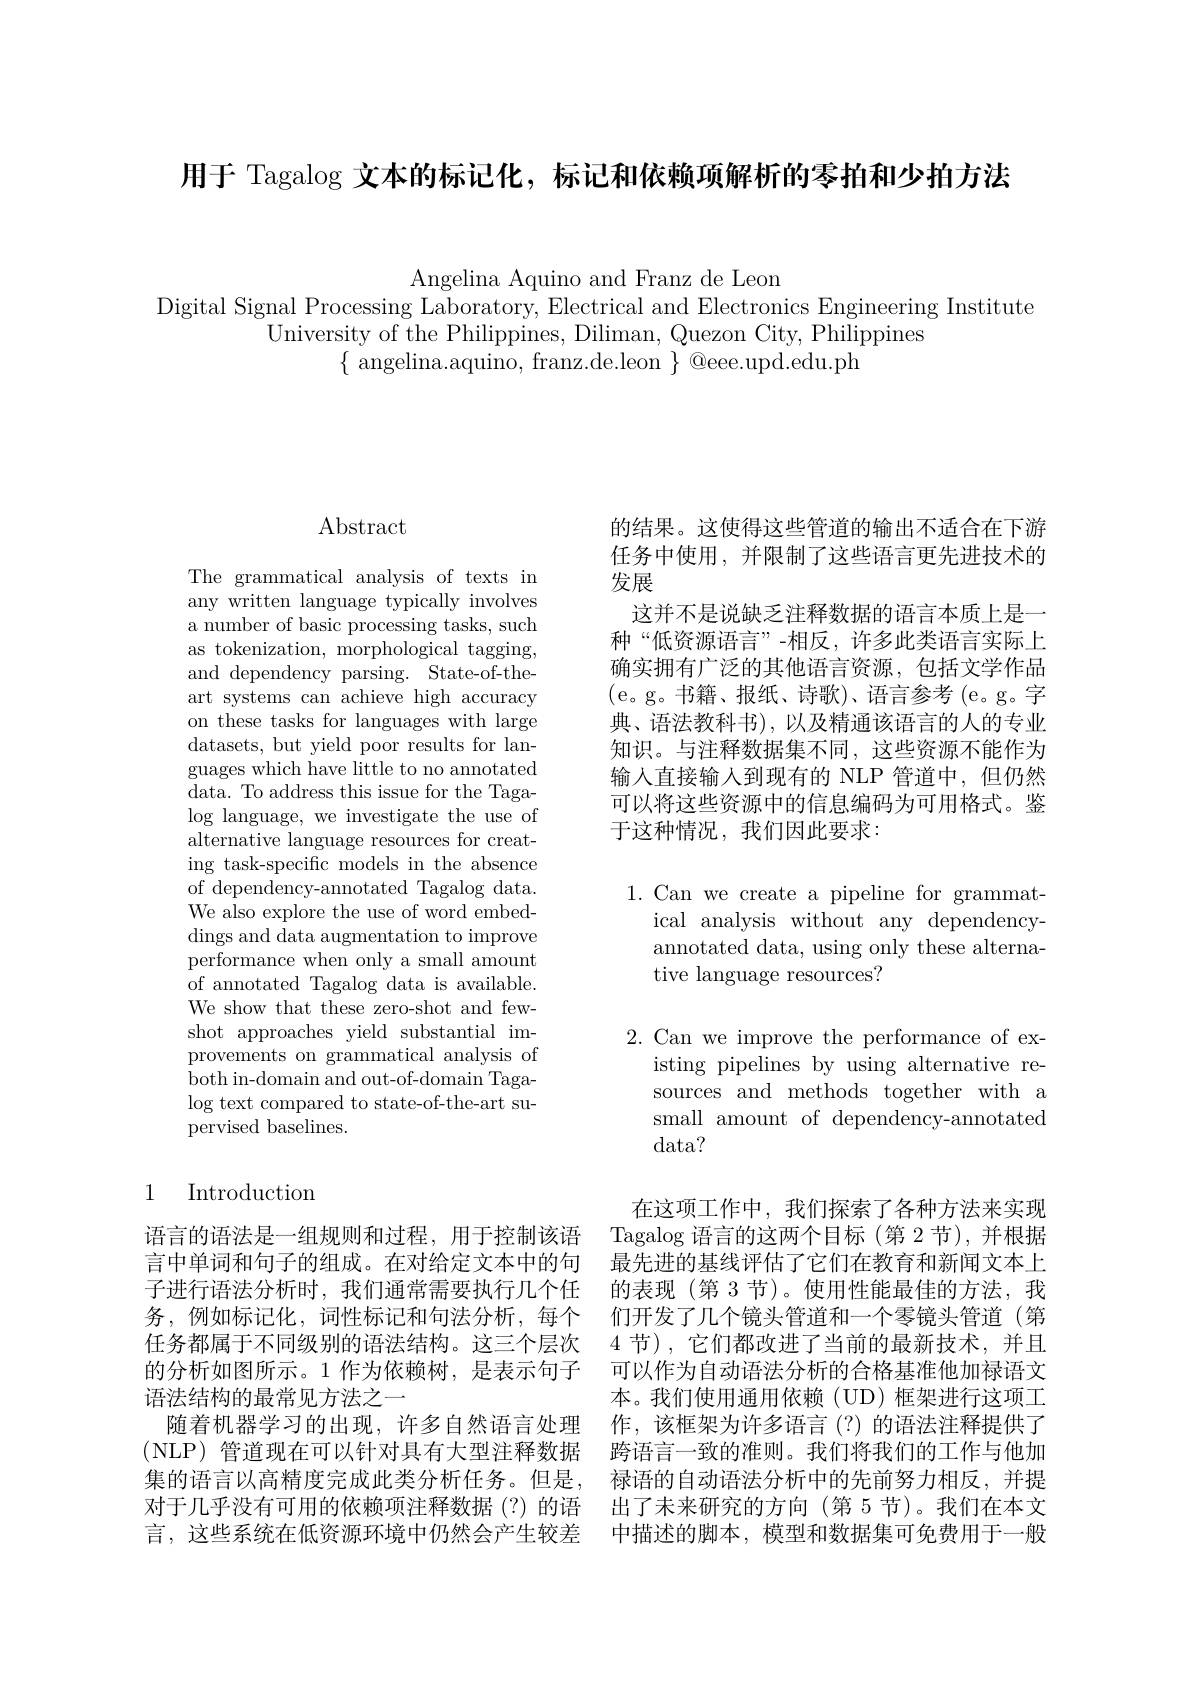
用于 Tagalog 文本的标记化，标记和依赖项解析的零拍和少拍方法

Angelina Aquino and Franz de Leon
Digital Signal Processing Laboratory, Electrical and Electronics Engineering Institute
University of the Philippines, Diliman, Quezon City, Philippines
$\{$ angelina.aquino, franz.de.leon $\}$ @eee.upd.edu.ph

## $\operatorname{Abstract}$

The grammatical analysis of texts in any written language typically involves a number of basic processing tasks, such as tokenization, morphological tagging, and dependency parsing. State-of-theart systems can achieve high accuracy on these tasks for languages with large datasets, but yield poor results for languages which have little to no annotated data. To address this issue for the Taga- $\log$ language, we investigate the use of alternative language resources for creating task-specific models in the absence of dependency-annotated Tagalog data. We also explore the use of word embeddings and data augmentation to improve performance when only a small amount of annotated Tagalog data is available. We show that these zero-shot and fewshot approaches yield substantial improvements on grammatical analysis of $\mathop{\mathrm{both~in-domain~and~out-of-domain~Taga-}}$ $\log$ text compared to state-of-the-art supervised baselines.

## 1 Introduction

语法结构的最常见方法之一

的结果。这使得这些管道的输出不适合在下游任务中使用，并限制了这些语言更先进技术的发展
这并不是说缺乏注释数据的语言本质上是一种“低资源语言”-相反，许多此类语言实际上确实拥有广泛的其他语言资源，包括文学作品(e。g。书籍、报纸、诗歌)、语言参考(e。g。字典、语法教科书), 以及精通该语言的人的专业知识。与注释数据集不同，这些资源不能作为输入直接输入到现有的 NLP 管道中，但仍然可以将这些资源中的信息编码为可用格式。鉴于这种情况，我们因此要求：

1.Can we create a pipeline for grammat-
ical analysis without any dependencyannotated data, using only these alternative language resources?

2.Can we improve the performance of ex-
isting pipelines by using alternative resources and methods together with a small amount of dependency-annotated $data?$

在这项工作中，我们探索了各种方法来实现
语言的语法是一组规则和过程，用于控制该语 Tagalog 语言的这两个目标 (第 2 节),并根据言中单词和句子的组成。在对给定文本中的句 最先进的基线评估了它们在教育和新闻文本上子进行语法分析时，我们通常需要执行几个任 的表现 (第 3 节)。使用性能最佳的方法，我务，例如标记化，词性标记和句法分析，每个 们开发了几个镜头管道和一个零镜头管道(第任务都属于不同级别的语法结构。这三个层次 4 节),它们都改进了当前的最新技术，并且的分析如图所示。1 作为依赖树，是表示句子 可以作为自动语法分析的合格基准他加禄语文
本。我们使用通用依赖(UD)框架进行这项工
随着机器学习的出现，许多自然语言处理 作，该框架为许多语言(?)的语法注释提供了(NLP)管道现在可以针对具有大型注释数据 跨语言一致的准则。我们将我们的工作与他加集的语言以高精度完成此类分析任务。但是，禄语的自动语法分析中的先前努力相反，并提对于几乎没有可用的依赖项注释数据(?)的语 出了未来研究的方向 (第 5 节)。我们在本文言，这些系统在低资源环境中仍然会产生较差 中描述的脚本，模型和数据集可免费用于一般